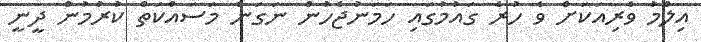
އިލްމު ވެރިއަކަށް ވެ ހުރެ ގައުމުގައި ހަމަނުޖެހުން ނަގަން މަސައްކަތް ކުރުމުން ދީނީ